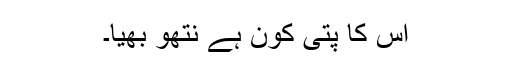
اُس کا پتی کون ہے نتھو بھیّا۔